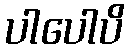
ပါပေါပိ